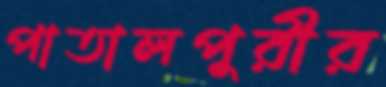
পাতালপুরীর